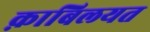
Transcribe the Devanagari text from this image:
क़ाबिलयत